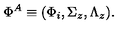
\Phi ^ { A } \equiv ( \Phi _ { i } , \Sigma _ { z } , \Lambda _ { z } ) .